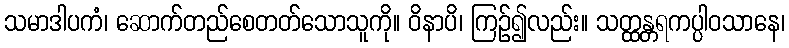
သမာဒါပကံ၊ ဆောက်တည်စေတတ်သောသူကို။ ဝိနာပိ၊ ကြဉ်၍လည်း။ သတ္ထန္တရကပ္ပါဝသာနေ၊